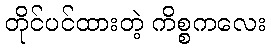
တိုင်ပင်ထားတဲ့ ကိစ္စကလေး